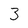
Character: 3